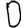
Digit: 0